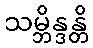
သမ္ဘိန္ဒန္တိ